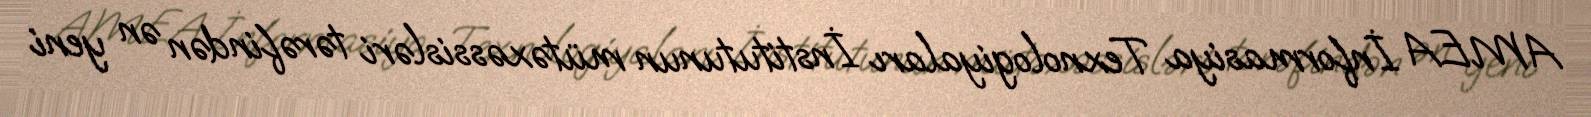
AMEA İnformasiya Texnologiyaları İnstitutunun mütəxəssisləri tərəfindən ən yeni